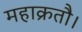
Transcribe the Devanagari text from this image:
महाक्रतौ।